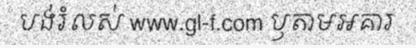
បង់រំលស់ www.gl-f.com ឫតាមអគារ